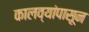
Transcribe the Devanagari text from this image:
कालव्यांपासून